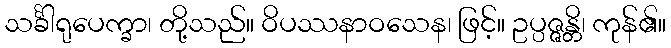
သင်္ခါရုပေက္ခာ၊ တို့သည်။ ဝိပဿနာဝသေန၊ ဖြင့်။ ဥပ္ပဇ္ဇန္တိ၊ ကုန်၏။